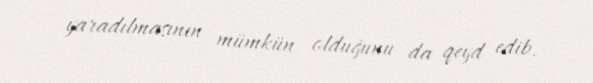
yaradılmasının mümkün olduğunu da qeyd edib.